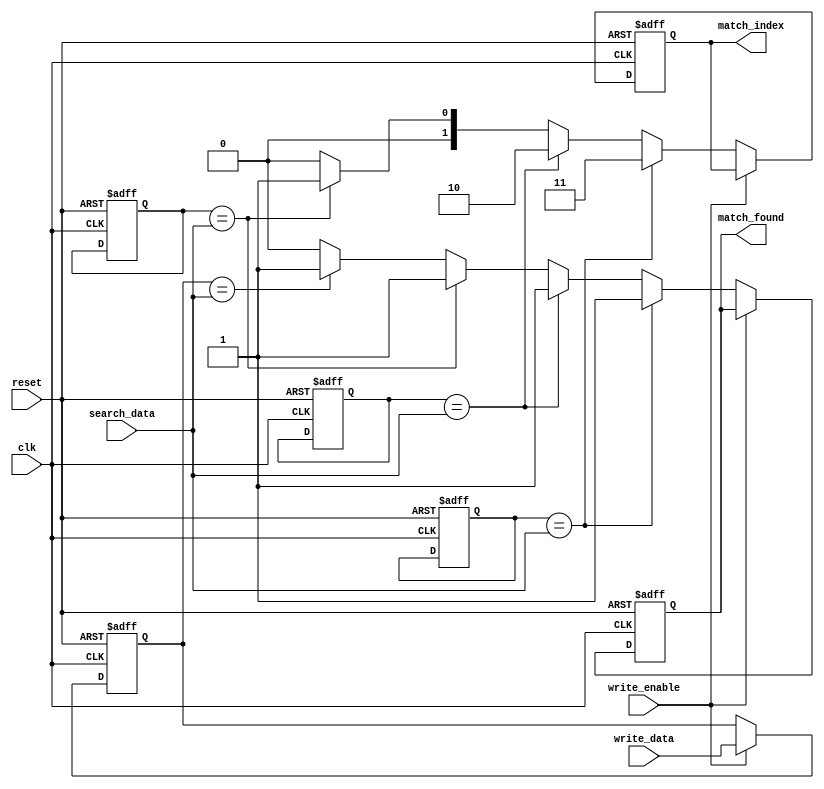
module CAM (
    input wire clk,
    input wire reset,
    input wire [3:0] search_data,   // Input data for searching
    input wire write_enable,         // Control signal for writing data
    input wire [3:0] write_data,     // Data to be written
    output reg [1:0] match_index,    // Output match index
    output reg match_found           // Match found flag
);

    // CAM Parameters
    parameter NUM_ROWS = 4;          // Number of entries
    parameter WORD_SIZE = 4;         // Size of each word

    // Memory array
    reg [WORD_SIZE-1:0] memory [0:NUM_ROWS-1]; // 4x4 memory array
    reg [NUM_ROWS-1:0] match_lines;  // Match lines for each row

    // Priority encoder
    integer i;
    always @(posedge clk or posedge reset) begin
        if (reset) begin
            // Reset CAM entries and match lines
            match_found <= 0;
            match_index <= 2'b00; // Default match index
            for (i = 0; i < NUM_ROWS; i=i+1) begin
                memory[i] <= 4'b0000; // Clear memory
            end
        end else if (write_enable) begin
            // Write new data in CAM (overwrite for simplicity)
            memory[0] <= write_data; // Only writing to first entry for demonstration
        end else begin
            // Search operation
            match_found <= 0; // Reset match found
            match_index <= 2'b00; // Reset match index
            match_lines = 0; // Clear match lines
            
            for (i = 0; i < NUM_ROWS; i = i + 1) begin
                // Comparing each row with search data
                if (memory[i] == search_data) begin
                    match_lines[i] = 1'b1; // Set match line for matching row
                    match_found <= 1'b1;     // Match found
                    match_index <= i[1:0];   // Update match index (lowest priority match)
                end
            end
        end
    end
endmodule